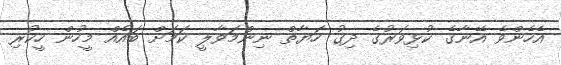
އެހެންވެ އޭނާގެ ކުޅިވަރުގެ ދިގު ހަޔާތް ނިންމަވާލީ ކަމަށް ބައެއް މީހުން ހީކުރި